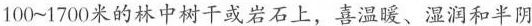
100~1700米的林中树干或岩石上，喜温暖、湿润和半阴